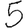
Digit: 5